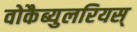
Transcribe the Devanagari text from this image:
वोकैब्युलरियस्